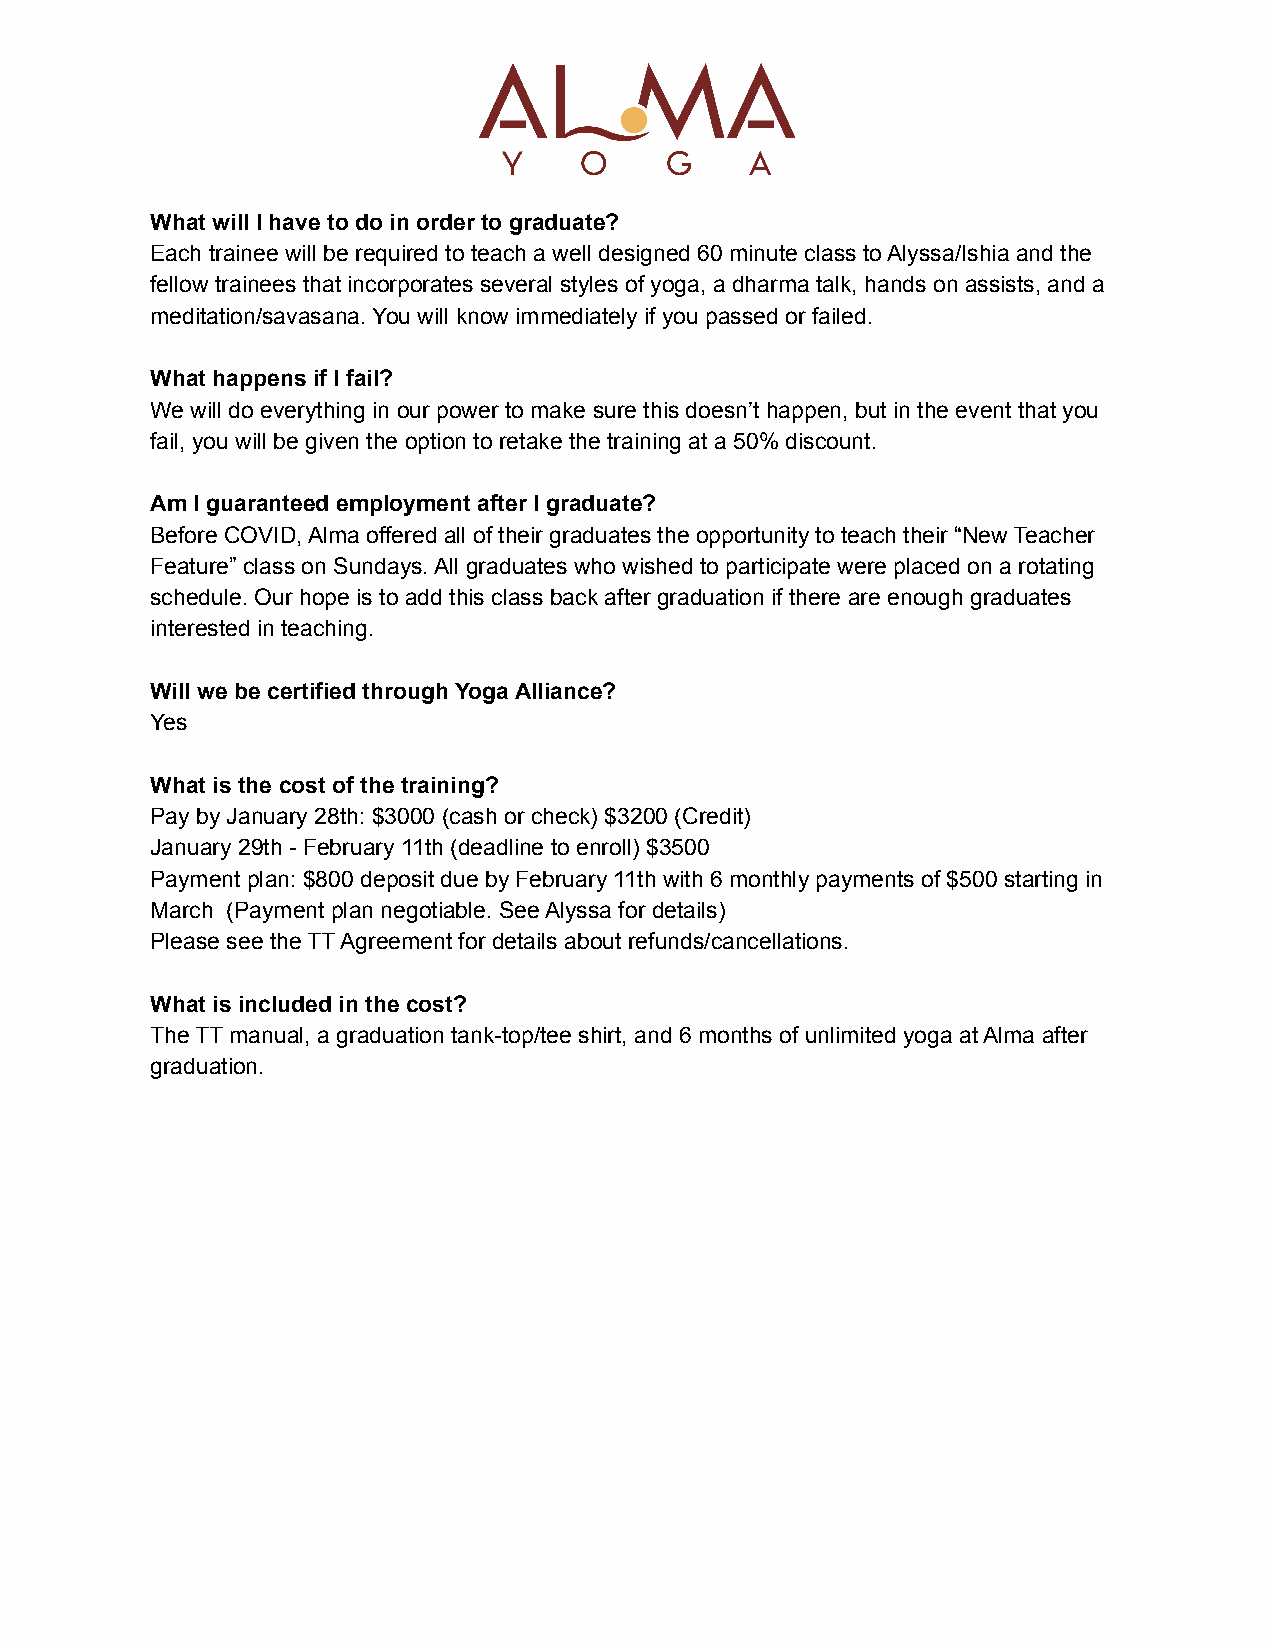
What will I have to do in order to graduate?
 Each trainee will be required to teach a well designed 60 minute class to Alyssa/Ishia and the
 fellow trainees that incorporates several styles of yoga, a dharma talk, hands on assists, and a
 meditation/savasana. You will know immediately if you passed or failed.
 What happens if I fail?
 We will do everything in our power to make sure this doesn’t happen, but in the event that you
 fail, you will be given the option to retake the training at a 50% discount.
 Am I guaranteed employment after I graduate?
 Before COVID, Alma offered all of their graduates the opportunity to teach their “New Teacher
 Feature” class on Sundays. All graduates who wished to participate were placed on a rotating
 schedule. Our hope is to add this class back after graduation if there are enough graduates
 interested in teaching.
 Will we be certified through Yoga Alliance?
 Yes
 What is the cost of the training?
 Pay by January 28th: $3000 (cash or check) $3200 (Credit)
 January 29th - February 11th (deadline to enroll) $3500
 Payment plan: $800 deposit due by February 11th with 6 monthly payments of $500 starting in
 March (Payment plan negotiable. See Alyssa for details)
 Please see the TT Agreement for details about refunds/cancellations.
 What is included in the cost?
 The TT manual, a graduation tank-top/tee shirt, and 6 months of unlimited yoga at Alma after
 graduation.